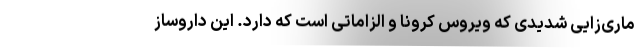
ماری‌زایی شدیدی که ویروس کرونا و الزاماتی است که دارد. این داروساز